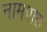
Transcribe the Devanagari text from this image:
नामपाठ